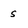
Character: s